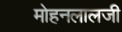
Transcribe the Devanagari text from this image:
मोहनलालजी